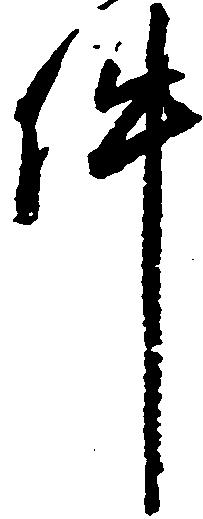
件